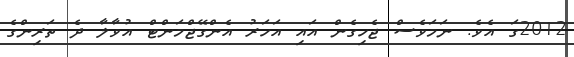
2012ގަ އެވެ. ނަމަވެސް ޖެހިގެން އައި އަހަރު އެންގޭޖްމަންޓް އުވާލާ ދެ ތަރިންގެ